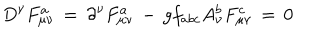
LaTeX: D ^ { \nu } F _ { \mu \nu } ^ { a } \, = \, \partial ^ { \nu } F _ { \mu \nu } ^ { a } \, - \, g f _ { a b c } A _ { \nu } ^ { b } F _ { \mu \nu } ^ { c } \, = \, 0